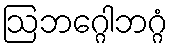
ဩဘဂ္ဂေါဘဂ္ဂံ